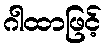
ဂါထာဖြင့်